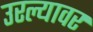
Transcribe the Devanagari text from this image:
उरल्यावर